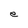
Character: e